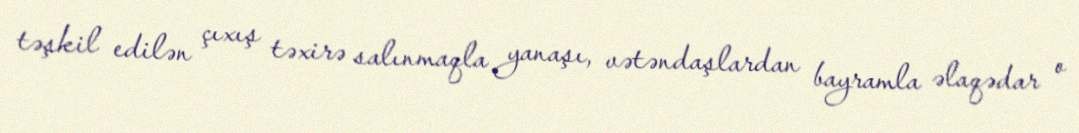
təşkil edilən çıxış təxirə salınmaqla yanaşı, vətəndaşlardan bayramla əlaqədar o